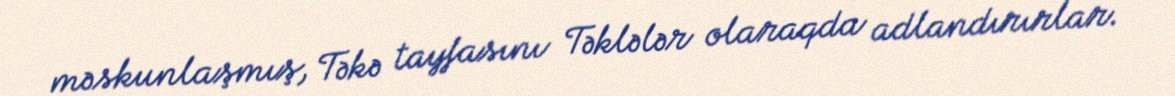
məskunlaşmış, Təkə tayfasını Təklələr olaraqda adlandırırlar.